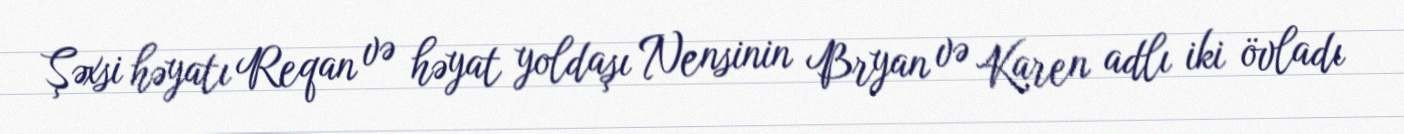
Şəxsi həyatı Reqan və həyat yoldaşı Nensinin Bryan və Karen adlı iki övladı